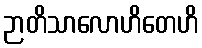
ဉာတိသာလောဟိတေဟိ